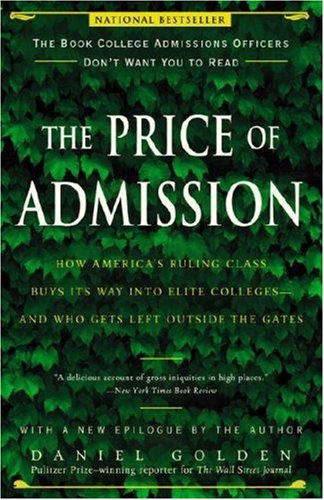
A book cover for The Price of Admission: How America's Ruling Class Buys Its Way into Elite Colleges--and Who Gets Left Outside the Gates; Daniel Golden; Education & Teaching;